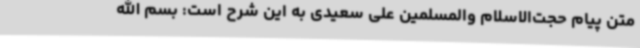
متن پیام حجت‌الاسلام والمسلمین علی سعیدی به این شرح است: بسم الله